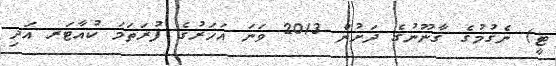
ޓީ) ނެގުމުގެ ޤާނޫނުގެ ދަށުން 2013 ވަނަ އަހަރުގެ ފުރަތަމަ ކުއާޓަރ އަދި